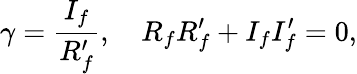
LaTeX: \gamma=\frac{I_{f}}{R_{f}^{\prime}},\quad R_{f}R_{f}^{\prime}+I_{f}I_{f}^{\prime}=0,